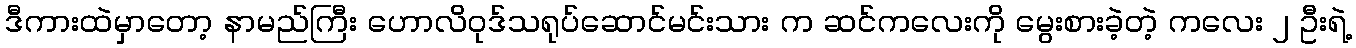
ဒီကားထဲမှာတော့ နာမည်ကြီး ဟောလိဝုဒ်သရုပ်ဆောင်မင်းသား က ဆင်ကလေးကို မွေးစားခဲ့တဲ့ ကလေး ၂ ဦးရဲ့